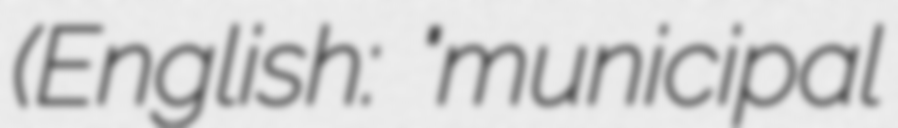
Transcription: (English: "municipal